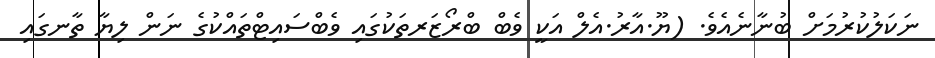
ނަކަލުކުރުމަށް ބުނާނެއެވެ. (ޔޫ.އާރު.އެލް އަކީ ވެބް ބްރޯޒަރތަކުގައި ވެބްސައިޓްތައްކުގެ ނަން ލިޔާ ތާނގައި